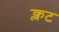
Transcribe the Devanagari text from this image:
क्लट